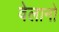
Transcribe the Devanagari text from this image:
वेलानो